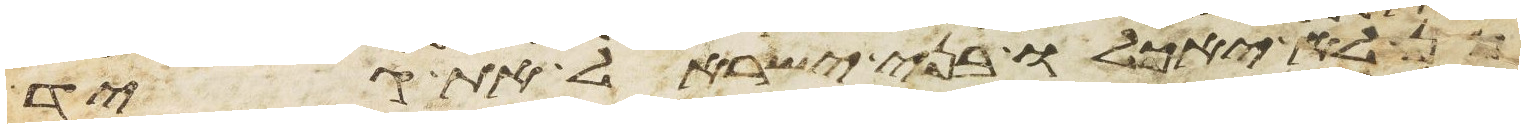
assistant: כן לא יאכלו בני ישראל את גיד